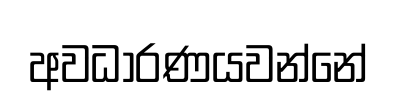
අවධාරණයවන්නේ